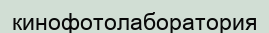
кинофотолаборатория